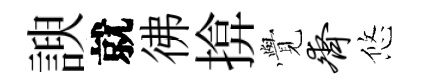
諛就彿揜𮗜齐悠